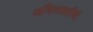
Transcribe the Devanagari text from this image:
अभिव्यक्तींची